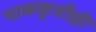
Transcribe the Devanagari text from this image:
पाककृतीही